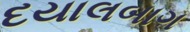
દયાલબાગ